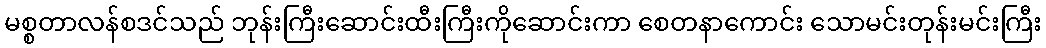
မစ္စတာလန်စဒင်သည် ဘုန်းကြီးဆောင်းထီးကြီးကိုဆောင်းကာ စေတနာကောင်း သောမင်းတုန်းမင်းကြီး